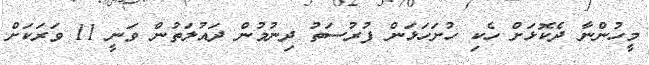
މީހުންނާ ދެކޮޅަށް ހެކި ހުށަހަޅަން ފުރުސަތު ދިނުމުން ދައުލަތުން ވަނީ 11 ވަރަކަށް